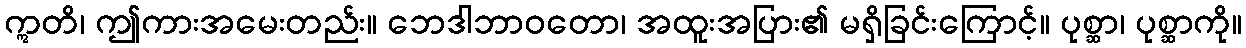
ဣတိ၊ ဤကားအမေးတည်း။ ဘေဒါဘာဝတော၊ အထူးအပြား၏ မရှိခြင်းကြောင့်။ ပုစ္ဆာ၊ ပုစ္ဆာကို။